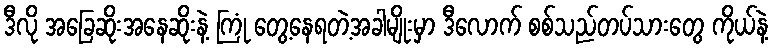
ဒီလို အခြေဆိုးအနေဆိုးနဲ့ ကြုံ တွေ့နေရတဲ့အခါမျိုးမှာ ဒီလောက် စစ်သည်တပ်သားတွေ ကိုယ်နဲ့